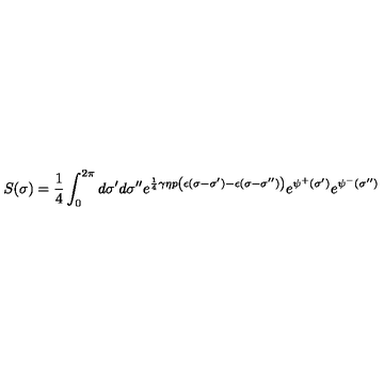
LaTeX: S ( \sigma ) = \frac { 1 } { 4 } \int _ { 0 } ^ { 2 \pi } d \sigma ^ { \prime } d \sigma ^ { \prime \prime } e ^ { \frac { 1 } { 4 } \gamma \eta p \left( \epsilon ( \sigma - \sigma ^ { \prime } ) - \epsilon ( \sigma - \sigma ^ { \prime \prime } ) \right) } e ^ { \psi ^ { + } ( \sigma ^ { \prime } ) } e ^ { \psi ^ { - } ( \sigma ^ { \prime \prime } ) }